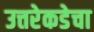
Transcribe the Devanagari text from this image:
उत्तरेकडेचा